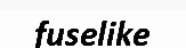
fuselike